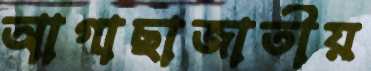
আগাছাজাতীয়